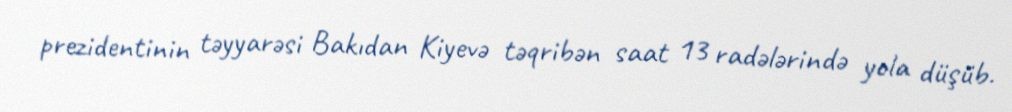
prezidentinin təyyarəsi Bakıdan Kiyevə təqribən saat 13 radələrində yola düşüb.